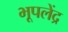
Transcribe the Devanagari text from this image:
भूपलेंद्र